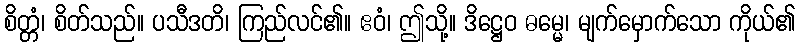
စိတ္တံ၊ စိတ်သည်။ ပသီဒတိ၊ ကြည်လင်၏။ ဧဝံ၊ ဤသို့။ ဒိဋ္ဌေဝ ဓမ္မေ၊ မျက်မှောက်သော ကိုယ်၏